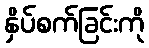
နှိပ်စက်ခြင်းကို